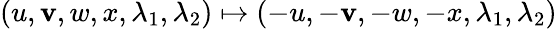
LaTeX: (u,\mathbf{v},w,x,\lambda_{1},\lambda_{2})\mapsto(-u,-\mathbf{v},-w,-x,\lambda_{1},\lambda_{2})